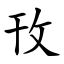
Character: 攼